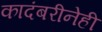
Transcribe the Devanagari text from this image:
कादंबरीनेही